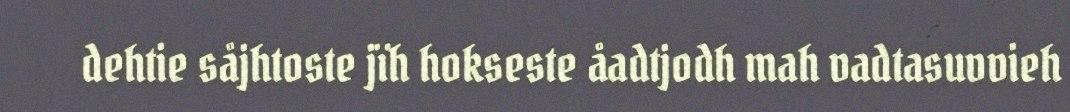
dehtie såjhtoste jïh hokseste åadtjodh mah vadtasuvvieh